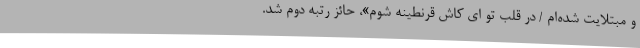
و مبتلایت شده‌ام / در قلب تو ای کاش قرنطینه شوم»، حائز رتبه دوم شد.